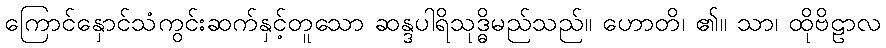
ကြောင်နှောင်သံကွင်းဆက်နှင့်တူသော ဆန္ဒပါရိသုဒ္ဓိမည်သည်။ ဟောတိ၊ ၏။ သာ၊ ထိုဗိဠာလ